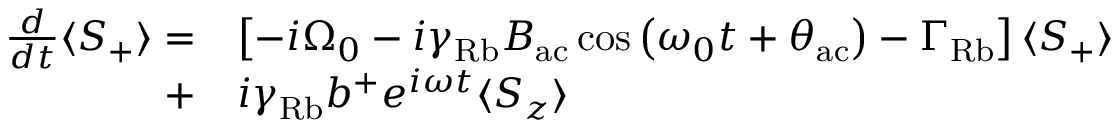
\begin{array} { r l } { \frac { d } { d t } \langle S _ { + } \rangle = } & { \left[ - i \Omega _ { 0 } - i \gamma _ { \mathrm { R b } } B _ { \mathrm { a c } } \cos \left( { \omega _ { 0 } t + \theta _ { \mathrm { a c } } } \right) - \Gamma _ { \mathrm { R b } } \right] \langle S _ { + } \rangle } \\ { + } & { i \gamma _ { \mathrm { R b } } b ^ { + } e ^ { i \omega t } \langle S _ { z } \rangle } \end{array}